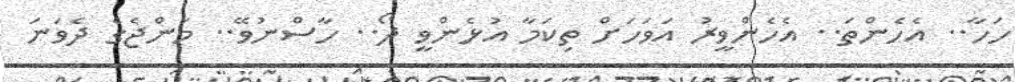
ހަހާ.. އެހެންތަ.. އެހެންވީރު އަވަހަށް ތިކަމާ އުޅެންވީ ދޯ.. ހާސްނުވޭ.. މަންޖެގެ ދެވަނަ